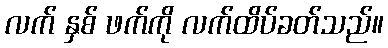
လက် နှစ် ဖက်ကို လက်ထိပ်ခတ်သည်။